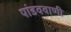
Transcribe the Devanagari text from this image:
पांडववाणी